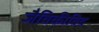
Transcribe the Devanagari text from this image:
जैविकीविद